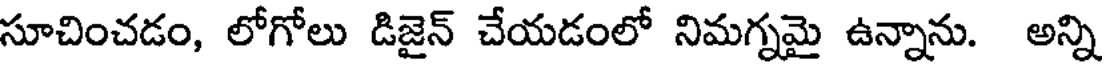
సూచించడం, లోగోలు డిజైన్ చేయడంలో నిమగ్నమై ఉన్నాను. అన్ని